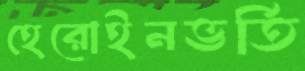
হেরোইনভর্তি